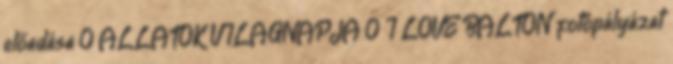
előadása 0 ÁLLATOK VILÁGNAPJA 0 I LOVE BALTON fotópályázat